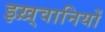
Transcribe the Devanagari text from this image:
इख़्वानियों